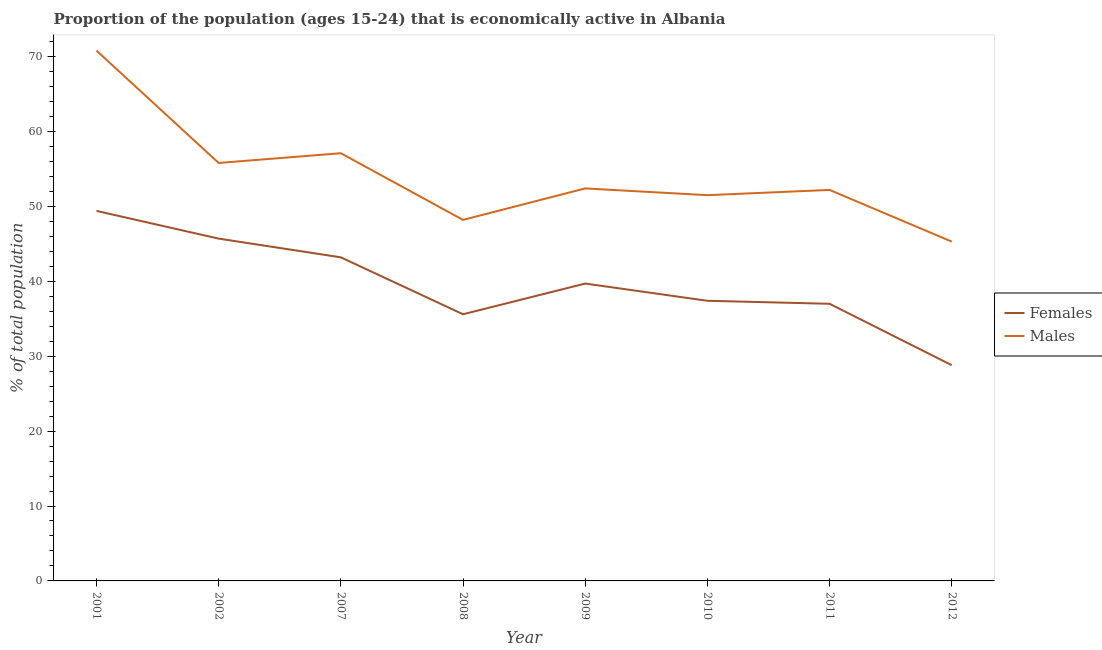
| Year | Females | Males |
 | --- | --- | --- |
 | 2001 | 49.4 | 70.8 |
 | 2002 | 45.7 | 55.8 |
 | 2007 | 43.2 | 57.1 |
 | 2008 | 35.6 | 48.2 |
 | 2009 | 39.7 | 52.4 |
 | 2010 | 37.4 | 51.5 |
 | 2011 | 37 | 52.2 |
 | 2012 | 28.8 | 45.3 |